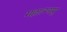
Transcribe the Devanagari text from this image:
महात्म्यमु